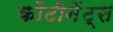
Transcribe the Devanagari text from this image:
कोंटीनेंट्स